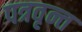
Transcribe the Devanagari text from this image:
पत्रवृन्त